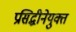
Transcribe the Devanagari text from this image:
प्रसिद्धीनेयुक्त